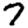
Digit: 7